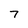
Character: 7